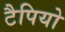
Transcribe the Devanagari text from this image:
टैपियो